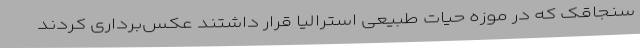
سنجاقک که در موزه حیات طبیعی استرالیا قرار داشتند عکس‌برداری کردند